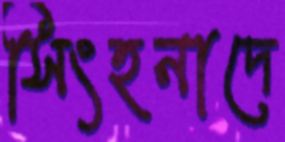
সিংহনাদে